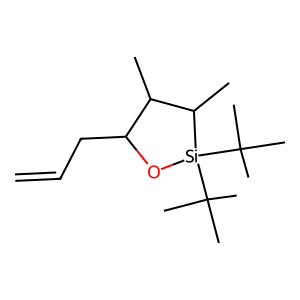
SMILES: C=CCC1O[Si](C(C)(C)C)(C(C)(C)C)C(C)C1C
Inhibits HIV replication: No